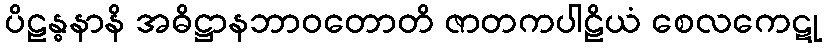
ပိဠန္ဓနာနိ အဓိဋ္ဌာနဘာဝတောတိ ဇာတကပါဠိယံ စေလကေဋု